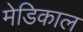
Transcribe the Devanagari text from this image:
मेडिकाल